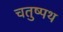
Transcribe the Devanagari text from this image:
चतुष्पथ